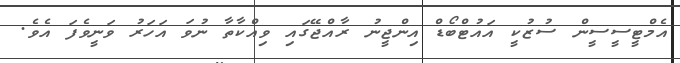
އެމްޓީސީސީން ސުޒުކީ އައުޓްބޯޑް އިންޖީނު ރާއްޖޭގައި ވިއްކާތާ ނުވަ އަހަރު ވަނީވެފަ އެވެ.